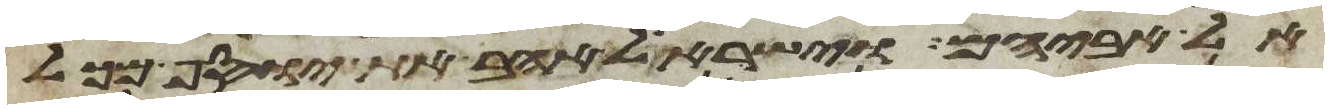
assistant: אל אביהם וישראל אהב את יוסף מכל